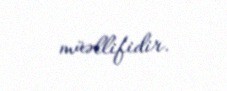
müəllifidir.